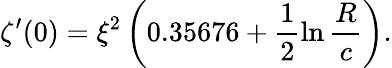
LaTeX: \zeta^{\prime}(0)=\xi^{2}\left(0.35676+\frac{1}{2}\ln\frac{R}{c}\right).